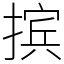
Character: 摈